Medical and sanitary report of the native army of Bengal for the year
Year: 1874
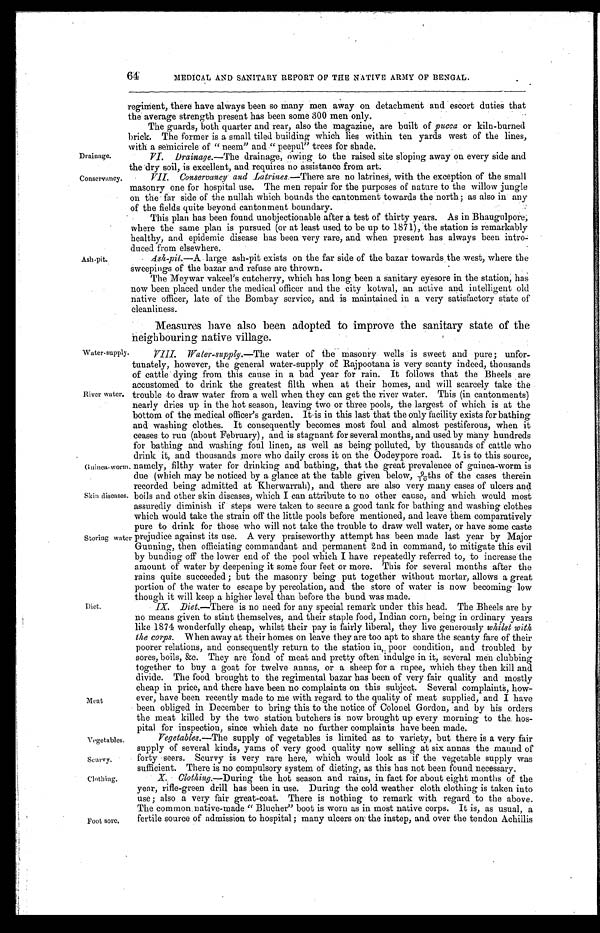
Drainage.
Conservancy.
Guinea-worm.
Skin diseases.
Vegetables.
Scurvy.
Clothing.
64
Ash-pit.
MEDICAL AND SANITARY REPORT OP THE NATIVE ARMY OF BENGAL.
regiment, there have always been so many men away on detachment and escort duties that
the average strength present has been some 300 men only.
The guards, both quarter and rear, also the magazine, are built of pucca or kiln-burned
brick. The former is a small tiled building which lies within ten yards west of the lines,
with a semicircle of " neem" and " peepul" trees for shade.
VI. Drainage.—The drainage, owing to the raised site sloping away on every side and
the dry soil, is excellent, and requires no assistance from art.
VII. Conservancy and Latrines.— There are no latrines, with the exception of the small
masonry one for hospital use. The men repair for the purposes of nature to the willow jungle
on the far side of the nullah which bounds the cantonment towards the north; as also in any
of the fields quite beyond cantonment boundary.
This plan has been found unobjectionable after a test of thirty years. As in Bhaugulpore;
where the same plan is pursued (or at least used to be up to 1871), the station is remarkably
healthy, and epidemic disease has been very rare, and when present has always been intro
- d u c e d f r o m e l s e w h e r e .
Ash-pit.—A large ash-pit exists on the far side of the bazar towards the west, where the
sweepings of the bazar and refuse are thrown.
The Meywar vakeel's catcherry, which has long been a sanitary eyesore in the station, has
now been placed under the medical officer and the city kotwal, an active and intelligent old
native officer, late of the Bombay service, and is maintained in a very satisfactory state of
cleanliness.
Measures have also been adopted to improve the sanitary state of the
neighbouring native village.
Water-supply.
River water.
Storing water
Diet.
Meat
VIII. Water-supply .—The water of the masonry wells is sweet and pure; unfor-
tunately, however, the general water-supply of Rajpootana is very scanty indeed, thousands
of cattle dying from this cause in a bad year for rain. It follows that the Bheels are
accustomed to drink the greatest filth when at their homes, and will scarcely take the
trouble to draw water from a well when they can get the river water. This (in cantonments)
nearly dries up in the hot season, leaving two or three pools, the largest of which is at the
bottom of the medical officer's garden. it is in this last that the only facility exists for bathing
and washing clothes. It consequently becomes most foul and almost pestiferous, when it
ceases to run (about February), and is stagnant for several months, and used by many hundreds
for bathing and washing foul linen, as well as being polluted, by thousands of cattle who
drink it, and thousands more who daily cross it on the Oodeypore road. It is to this source,
namely, filthy water for drinking and bathing, that the great prevalence of guinea-worm is
due (which may be noticed by a glance at the table given below, 9/10ths of the cases therein
recorded being admitted at Kherwarrah), and there are also very many cases of ulcers and
boils and other skin diseases, which I can attribute to no other cause, and which would most
assuredly diminish if steps were taken to secure a good tank for bathing and washing clothes
which would take the strain off the little pools before mentioned, and leave them comparatively
pure to drink for those who will not take the trouble to draw well water, or have some caste
prejudice against its use. A very praiseworthy attempt has been made last year by Major
Gunning, then officiating commandant and permanent 2nd in command, to mitigate this evil
by bunding off the lower end of the pool which I have repeatedly referred to, to increase the
amount of water by deepening it some four feet or more. This for several months after the
rains quite succeeded ; but the masonry being put together without mortar, allows a great
portion of the water to escape by percolation, and the store of water is now becoming low
though it will keep a higher level than before the bund was made.
IX. .Diet.—There is no need for any special remark under this head. The Bheels are by
no means given to stint themselves, and their staple food, Indian corn, being in ordinary years
like 1874 wonderfully cheap, whilst their pay is fairly liberal, they live generously whilst with
the corps.W h e n a w a y a t t h e i r h o m e s o n l e a v e t h e y a r e t o o a p t t o s h a r e t h e s c a n t y f a r e o f t h e i r
poorer relations, and consequently return to the station in poor condition, and troubled by
sores, boils, &c. They are fond of meat and pretty often indulge in it, several men clubbing
together to buy a goat for twelve annas, or a sheep for a rupee, which they then kill and
divide. The food brought to the regimental bazar has been of very fair quality and mostly
cheap in price, and there have been no complaints on this subject. Several complaints, how-
ever, have been recently made to me with regard to the quality of meat supplied, and I have
been obliged in December to bring this to the notice of Colonel Gordon, and by his orders
the meat killed by the two station butchers is now brought up every morning to the, hos
pital for inspection, since which date no further complaints have been made.
Foot sore,
Vegetables.—The supply of vegetables is limited as to variety, but there is a very fair
supply of several kinds, yams of very good quality now selling at six annas the maund of
forty seers. Scurvy is very rare here, which would look as if the vegetable supply was
sufficient. There is no compulsory system of dieting, as this has not been found necessary.
X. Clothing.—During the hot season and rains, in fact for about eight months of the
year, rifle-green drill has been in use. During the cold weather cloth clothing is taken into
use; also a very fair great-coat. There is nothing to remark with regard to the above.
The common native-made " Blucher" boot is worn as in most native corps. It is, as usual, a
fertile source of admission to hospital ; many ulcers on the instep, and over the tendon Achillis